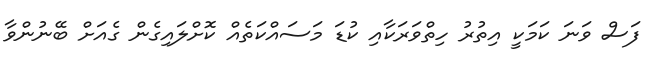
ފަސް ވަނަ ކަމަކީ އިތުރު ހިތްވަރަކާއި ކުޑަ މަސައްކަތެއް ކޮށްލައިގެން ގެއަށް ބޭނުންވާ